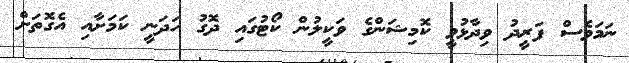
ނަމަވެސް ފަރީދު ވިދާޅުވީ ކޮމިޝަންގެ ވަކީލުން ކޯޓުގައި ދޮގު ހަދަނީ ކަމަށާއި އެގޮތަށް